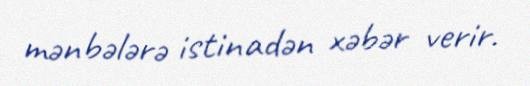
mənbələrə istinadən xəbər verir.